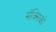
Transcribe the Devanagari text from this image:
मॅक्सिको